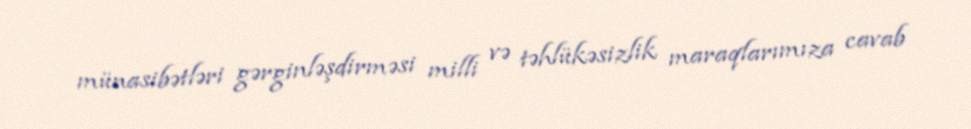
münasibətləri gərginləşdirməsi milli və təhlükəsizlik maraqlarımıza cavab